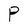
Character: P